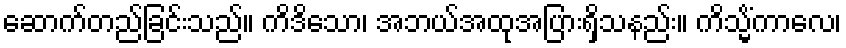
ဆောက်တည်ခြင်းသည်။ ကိဒိသော၊ အဘယ်အထုအပြားရှိသနည်း။ ကိသ္မိံကာလေ၊